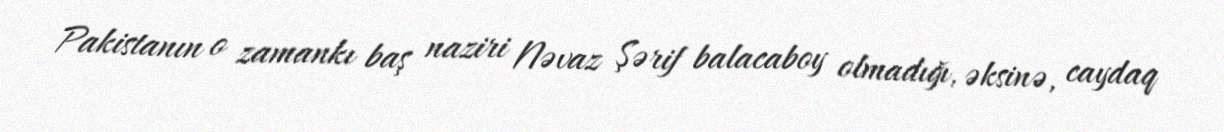
Pakistanın o zamankı baş naziri Nəvaz Şərif balacaboy olmadığı, əksinə, caydaq